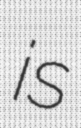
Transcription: is